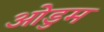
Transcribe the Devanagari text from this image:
ओडुम